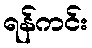
ရန်ကင်း